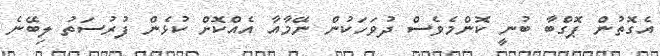
އެގޮތުން ޕޮގްބާ ބުނީ ކޮންމެވެސް ދުވަހަކުން ނޭމާއާ އެއްކޮށް ކުޅެން ފުރުސަތު ލިބޭނެ